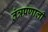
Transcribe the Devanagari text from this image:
तंत्रप्रणाली